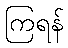
ကြရန်